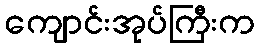
ကျောင်းအုပ်ကြီးက